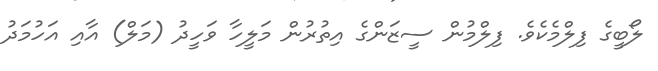
ލޯބީގެ ފިލްމެކެވެ. ފިލްމުން ސީޒަންގެ އިތުރުން މަލީހާ ވަހީދު (މަލް) އާއި އަހުމަދު